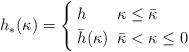
LaTeX: \begin{align*} h_*(\kappa) = \left\{ \arraycolsep=3pt \def\arraystretch{1.2} \begin{array}{ll} h_{} & \kappa {} \leq {} \bar{\kappa} \\ \bar{h}(\kappa) & \bar{\kappa} < \kappa \leq 0 \end{array} \right. \end{align*}